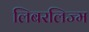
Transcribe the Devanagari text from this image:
लिबरलिज्म